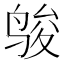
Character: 𱉿